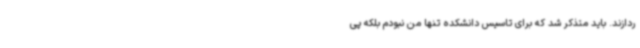
ردازند. باید متذکر شد که برای تاسیس دانشکده تنها من نبودم بلکه پی